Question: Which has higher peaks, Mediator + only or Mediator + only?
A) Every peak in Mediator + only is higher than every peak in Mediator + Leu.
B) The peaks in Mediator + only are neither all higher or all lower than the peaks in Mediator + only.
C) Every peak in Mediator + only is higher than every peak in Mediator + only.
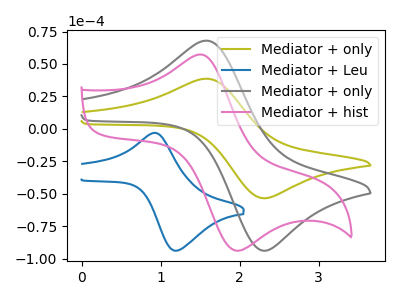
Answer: <think>The olive curve "Mediator + only" has an anodic peak at (1.60V, 38.65uA) and a cathodic peak at (2.25V, -53.15uA). The blue curve "Mediator + Leu" has an anodic peak at (0.90V, -3.10uA) and a cathodic peak at (1.20V, -93.70uA). The gray curve "Mediator + only" has an anodic peak at (1.60V, 67.95uA) and a cathodic peak at (2.25V, -93.40uA). The pink curve "Mediator + hist" has an anodic peak at (1.55V, 57.15uA) and a cathodic peak at (2.00V, -93.80uA).</think>
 <answer>C) Every peak in "Mediator + only" is higher than every peak in "Mediator + only".</answer>
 <eval>C</eval>